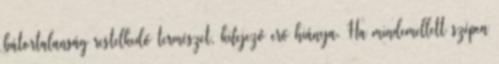
bátortalanság restelkedő természet, kifejező erő hiánya. Ha mindemellett szépen